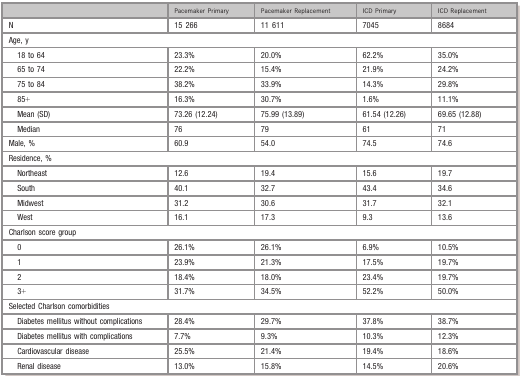
<table><thead><tr><td></td><td><b>Pacemaker Primary</b></td><td><b>Pacemaker Replacement</b></td><td><b>ICD Primary</b></td><td><b>ICD Replacement</b></td></tr></thead><tbody><tr><td>N</td><td>15 266</td><td>11 611</td><td>7045</td><td>8684</td></tr><tr><td colspan="5">Age, y</td></tr><tr><td>18 to 64</td><td>23.3%</td><td>20.0%</td><td>62.2%</td><td>35.0%</td></tr><tr><td>65 to 74</td><td>22.2%</td><td>15.4%</td><td>21.9%</td><td>24.2%</td></tr><tr><td>75 to 84</td><td>38.2%</td><td>33.9%</td><td>14.3%</td><td>29.8%</td></tr><tr><td>85+</td><td>16.3%</td><td>30.7%</td><td>1.6%</td><td>11.1%</td></tr><tr><td>Mean (SD)</td><td>73.26 (12.24)</td><td>75.99 (13.89)</td><td>61.54 (12.26)</td><td>69.65 (12.88)</td></tr><tr><td>Median</td><td>76</td><td>79</td><td>61</td><td>71</td></tr><tr><td>Male, %</td><td>60.9</td><td>54.0</td><td>74.5</td><td>74.6</td></tr><tr><td colspan="5">Residence, %</td></tr><tr><td>Northeast</td><td>12.6</td><td>19.4</td><td>15.6</td><td>19.7</td></tr><tr><td>South</td><td>40.1</td><td>32.7</td><td>43.4</td><td>34.6</td></tr><tr><td>Midwest</td><td>31.2</td><td>30.6</td><td>31.7</td><td>32.1</td></tr><tr><td>West</td><td>16.1</td><td>17.3</td><td>9.3</td><td>13.6</td></tr><tr><td colspan="5">Charlson score group</td></tr><tr><td>0</td><td>26.1%</td><td>26.1%</td><td>6.9%</td><td>10.5%</td></tr><tr><td>1</td><td>23.9%</td><td>21.3%</td><td>17.5%</td><td>19.7%</td></tr><tr><td>2</td><td>18.4%</td><td>18.0%</td><td>23.4%</td><td>19.7%</td></tr><tr><td>3+</td><td>31.7%</td><td>34.5%</td><td>52.2%</td><td>50.0%</td></tr><tr><td colspan="5">Selected Charlson comorbidities</td></tr><tr><td>Diabetes mellitus without complications</td><td>28.4%</td><td>29.7%</td><td>37.8%</td><td>38.7%</td></tr><tr><td>Diabetes mellitus with complications</td><td>7.7%</td><td>9.3%</td><td>10.3%</td><td>12.3%</td></tr><tr><td>Cardiovascular disease</td><td>25.5%</td><td>21.4%</td><td>19.4%</td><td>18.6%</td></tr><tr><td>Renal disease</td><td>13.0%</td><td>15.8%</td><td>14.5%</td><td>20.6%</td></tr></tbody></table>